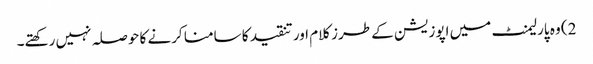
2) وہ پارلیمنٹ میں اپوزیشن کے طرز کلام اور تنقید کا سامنا کرنے کا حوصلہ نہیں رکھتے۔